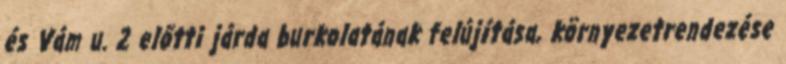
és Vám u. 2 előtti járda burkolatának felújítása, környezetrendezése